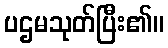
ပဌမသုတ်ပြီး၏။